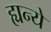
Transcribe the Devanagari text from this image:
ह्यन्ये